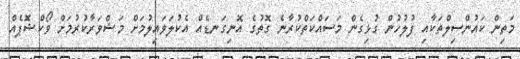
މަތިން ކައުންސިލްތަކާއި ފުލުހުން ގުޅިގެން މަސައްކަތްކުރާނެ ގޮތުގެ އޮނިގަނޑެއް އެކުލަވައިލުމަށް މަޝްވަރާކުރުމަށް ވޯކްޝޮޕެއް